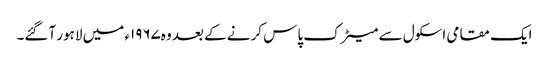
ایک مقامی اسکول سے میٹرک پاس کرنے کے بعد وہ۱۹۶۷ء میں لاہور آگئے۔